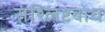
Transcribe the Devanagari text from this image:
संश्लिष्टबोध